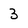
Character: 3